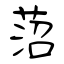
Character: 菬